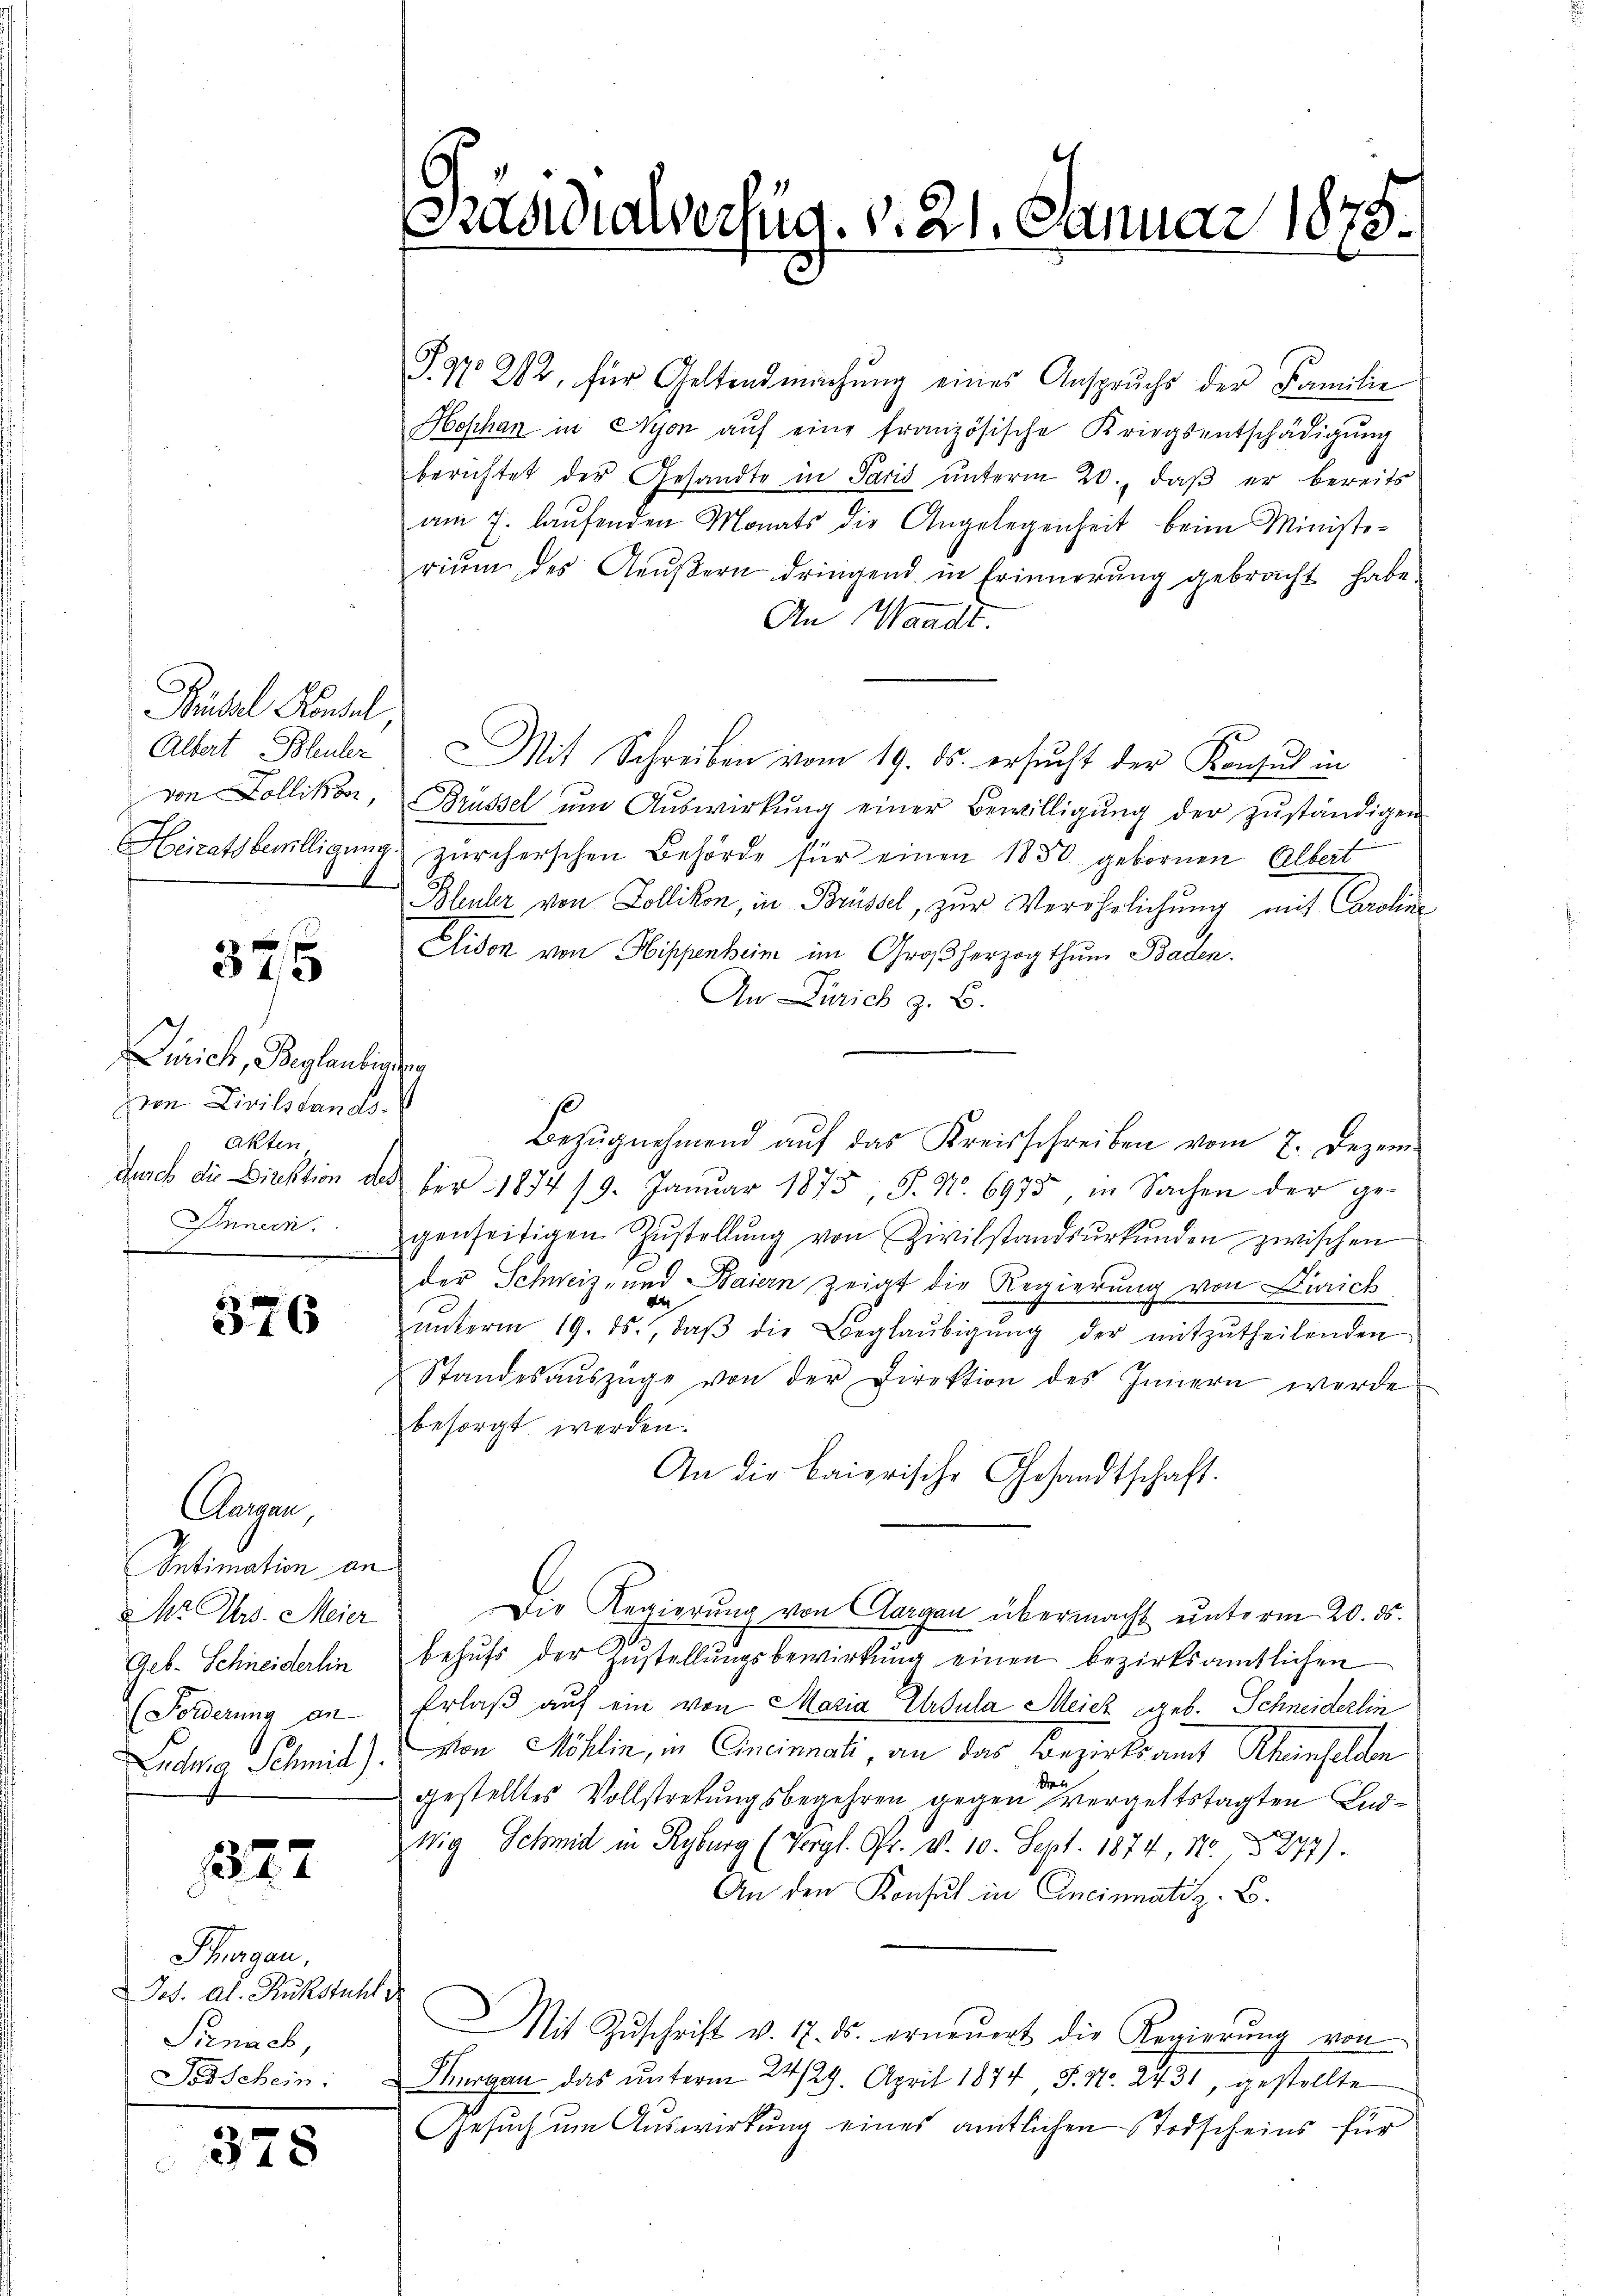
Kübel Hondal,
I

375

Zürich, Beglaubiger
ron Civilstands
Akten,
Innern.
t
.

376

Augen
Intimation an
Ms Mrs. Meier
Geb. Schneiderlin
(Forderung an

1822

Thurgau,
Jes. Al. Ruckstuhl
Sirnach,
Tosschein:

378

P.N 212, für Geltendmachung eines Anspruchs der Familie
Hophan in Nyon aŭf eine französische Kriegsentschädigung
berichtet der Gesandte in Paris unterm 20., daß er bereits
am 7. laŭfenden Monats die Angelegenheit beim Ministe-
riŭm des Aeŭβern dringend in Erinnerung gebracht habe.
An Waadt.
Albert Bleuler Mit Schreiben vom 19. ds. ersŭcht der Konsul in
von Zollikon, Brüssel ŭm Aŭswirkŭng einer Bewilligŭng der zŭständigen
Heiratsbewilligung zürcherschen Behörde für einen 1850 gebornen Albert
Bleuler von Zollikon, in Brüssel, zur Verehrlichung mit Caroline
Clison von Hippenheim im Großherzogthum Baden.
An Zürich z. B.
durch die Direktion des der 1877 19. Januar 1875, S. Nr. 6975, in Sachen der ge-
genseitigen Zŭstellŭng von Zivilstandsŭrkŭnden zwischen
der Schweiz, und Baiern zeigt die Regierung von Zürich
d
ŭnterm 19. ds., daβ die Beglaŭbigŭng der mitzŭtheilenden
Standesauszüge von der Direktion des Innern werde
besorgt werden.
An die baierische Gesandtschaft.
Die Regierŭng von Aargau übermacht ŭnterm 20. ds.
behŭfs der Zŭstellŭngsbewirkŭng einen bezirksamtlichen
Erlaß auf ein von Maria Ursula Meicz geb. Schneiderlin
Ludwig Schmit) von Möhlin, in Cincinnati, an das Bezirksamt Rheinfelden
dau
gestelltes Vollstreckungsbegehren gegen vergeltstagten Endwig Schmid in Kyburg (Vergl. Ofr. v. 10. Sept. 1874, No. 8277).
An den Konsul in Cincinnati z. B.
Mit Zŭschrift v. 17. ds. erneŭert die Regierŭng von
Thurgau das ŭnterm 24/29. April 1874 S. Nr. 2431, gestellte
Gesuch um Auswirkung eines amtlichen Todscheins für

adialverfüg. v. 21. Januar 1873.

Bezŭgnehmend auf das Kreisschreiben vom 7. Dezem